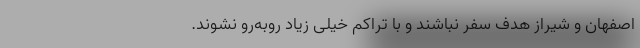
اصفهان و شیراز هدف سفر نباشند و با تراکم خیلی زیاد روبه‌رو نشوند.